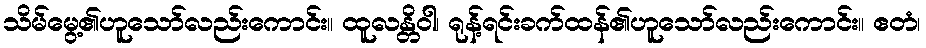
သိမ်မွေ့၏ဟူသော်လည်းကောင်း။ ထူလန္တိဝါ၊ ရုန့်ရင်းခက်ထန်၏ဟူသော်လည်းကောင်း။ ဧတံ၊